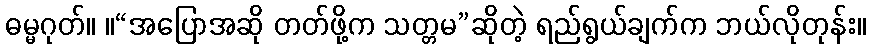
ဓမ္မဂုတ်။ ။“အပြောအဆို တတ်ဖို့က သတ္တမ”ဆိုတဲ့ ရည်ရွယ်ချက်က ဘယ်လိုတုန်း။